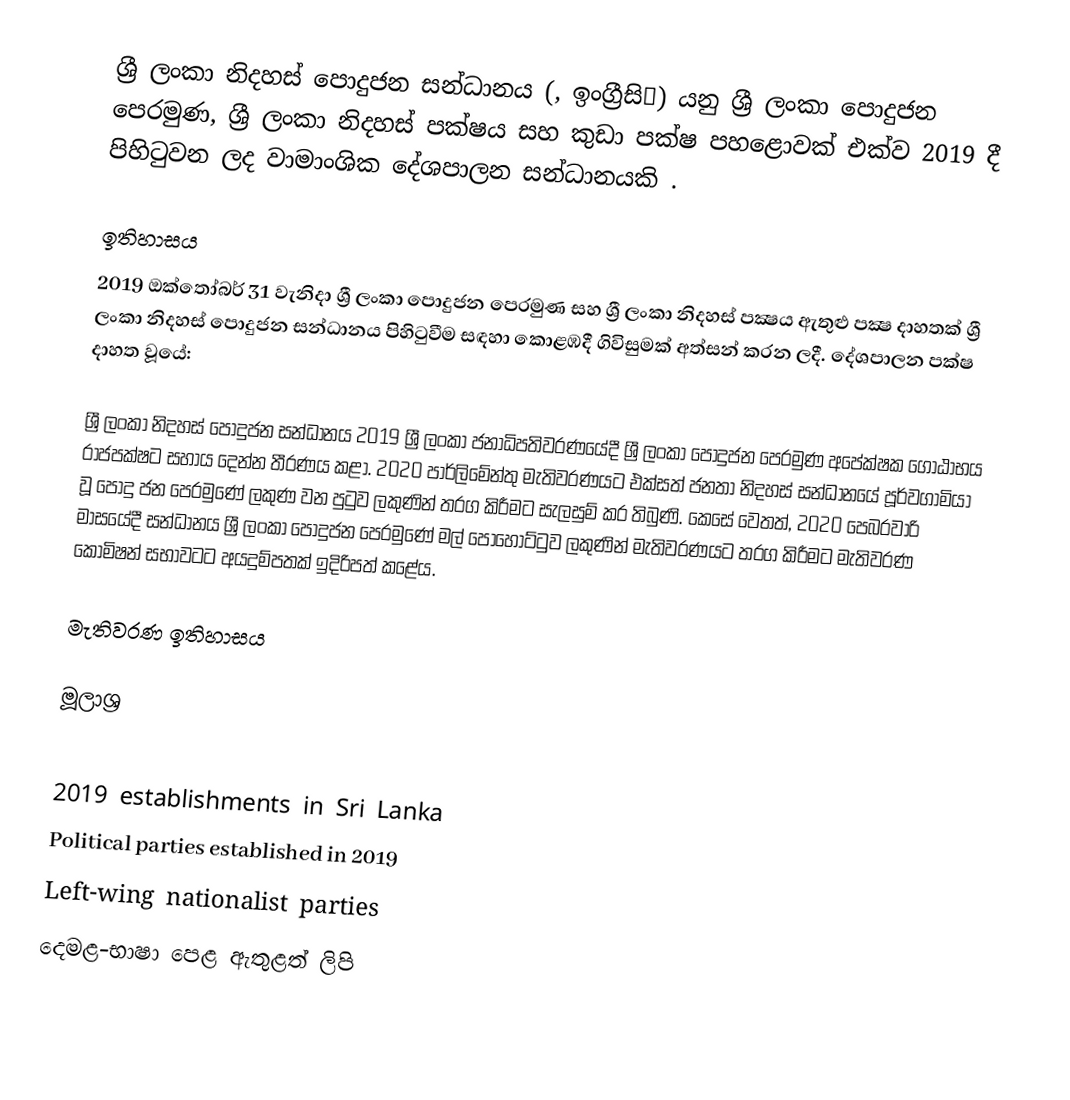
ශ්‍රී ලංකා නිදහස් පොදුජන සන්ධානය (, ඉංග්‍රීසිː) යනු ශ්‍රී ලංකා පොදුජන පෙරමුණ, ශ්‍රී ලංකා නිදහස් පක්ෂය සහ කුඩා පක්ෂ පහළොවක් එක්ව 2019 දී පිහිටුවන ලද වාමාංශික දේශපාලන සන්ධානයකි .

ඉතිහාසය
2019 ඔක්‌තෝබර් 31 වැනිදා ශ්‍රී ලංකා පොදුජන පෙරමුණ සහ ශ්‍රී ලංකා නිදහස්‌ පක්‍ෂය ඇතුළු පක්‍ෂ දාහතක්‌ ශ්‍රී ලංකා නිදහස් පොදුජන සන්ධානය පිහිටුවීම සඳහා කොළඹදී ගිවිසුමක්‌ අත්සන් කරන ලදී.   දේශපාලන පක්ෂ දාහත වූයේ:

ශ්‍රී ලංකා නිදහස් පොදුජන සන්ධානය 2019 ශ්‍රී ලංකා ජනාධිපතිවරණයේදී ශ්‍රී ලංකා පොදුජන පෙරමුණ අපේක්ෂක ගෝඨාභය රාජපක්ෂට සහාය දෙන්න තීරණය කළා.   2020 පාර්ලිමේන්තු මැතිවරණයට එක්සත් ජනතා නිදහස් සන්ධානයේ පූර්වගාමියා වූ  පොදු ජන පෙරමුණේ ලකුණ වන පුටුව ලකුණින් තරග කිරීමට සැලසුම් කර තිබුණි.   කෙසේ වෙතත්, 2020 පෙබරවාරි මාසයේදී සන්ධානය ශ්‍රී ලංකා පොදුජන පෙරමුණේ මල් පොහොට්ටුව ලකුණින් මැතිවරණයට තරග කිරීමට මැතිවරණ කොමිෂන් සභාවටට අයදුම්පතක් ඉදිරිපත් කළේය.

මැතිවරණ ඉතිහාසය

මූලාශ්‍ර

2019 establishments in Sri Lanka
Political parties established in 2019
Left-wing nationalist parties
දෙමළ-භාෂා පෙළ ඇතුළත් ලිපි